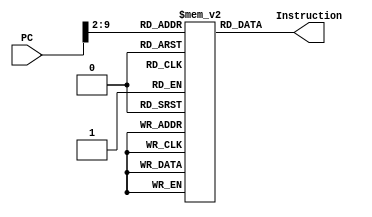
`timescale 1ns/1ns
module INSTRUCTION_MEMORY(
  input[31:0] PC, output reg [31:0] Instruction
);
	wire [9:0] address;
  reg [31:0] memoryData[0:255];
	
	initial begin
		memoryData[0] = 32'b11100011101000000000000000010100;
    memoryData[1] = 32'b11100011101000000001101000000001;
    memoryData[2] = 32'b11100011101000000010000100000011;
    memoryData[3] = 32'b11100000100100100011000000000010;
    memoryData[4] = 32'b11100000101000000100000000000000;
    memoryData[5] = 32'b11100000010001000101000100000100;
    memoryData[6] = 32'b11100000110000000110000010100000;
    memoryData[7] = 32'b11100001100001010111000101000010;
    memoryData[8] = 32'b11100000000001111000000000000011;
    memoryData[9] = 32'b11100001111000001001000000000110;
    memoryData[10] = 32'b11100000001001001010000000000101;
    memoryData[11] = 32'b11100001010110000000000000000110;
    memoryData[12] = 32'b00010000100000010001000000000001;
    memoryData[13] = 32'b11100001000110010000000000001000;
    memoryData[14] = 32'b00000000100000100010000000000010;
    memoryData[15] = 32'b11100011101000000000101100000001;
    memoryData[16] = 32'b11100100100000000001000000000000;
    memoryData[17] = 32'b11100100100100001011000000000000;
    memoryData[18] = 32'b11100100100000000010000000000100;
    memoryData[19] = 32'b11100100100000000011000000001000;
    memoryData[20] = 32'b11100100100000000100000000001101;
    memoryData[21] = 32'b11100100100000000101000000010000;
    memoryData[22] = 32'b11100100100000000110000000010100;
    memoryData[23] = 32'b11100100100100001010000000000100;
    memoryData[24] = 32'b11100100100000000111000000011000;
    memoryData[25] = 32'b11100011101000000001000000000100;
    memoryData[26] = 32'b11100011101000000010000000000000;
    memoryData[27] = 32'b11100011101000000011000000000000;
    memoryData[28] = 32'b11100000100000000100000100000011;
    memoryData[29] = 32'b11100100100101000101000000000000;
    memoryData[30] = 32'b11100100100101000110000000000100;
    memoryData[31] = 32'b11100001010101010000000000000110;
    memoryData[32] = 32'b11000100100001000110000000000000;
    memoryData[33] = 32'b11000100100001000101000000000100;
    memoryData[34] = 32'b11100010100000110011000000000001;
    memoryData[35] = 32'b11100011010100110000000000000011;
    memoryData[36] = 32'b10111010111111111111111111110111;
    memoryData[37] = 32'b11100010100000100010000000000001;
    memoryData[38] = 32'b11100001010100100000000000000001;
    memoryData[39] = 32'b10111010111111111111111111110011;
    memoryData[40] = 32'b11100100100100000001000000000000;
    memoryData[41] = 32'b11100100100100000010000000000100;
    memoryData[42] = 32'b11100100100100000011000000001000;
    memoryData[43] = 32'b11100100100100000100000000001100;
    memoryData[44] = 32'b11100100100100000101000000010000;
    memoryData[45] = 32'b11100100100100000110000000010100;
    memoryData[46] = 32'b11101010111111111111111111111111;
  end

	assign address = (PC[9:0] >> 2);

  always@(PC)begin
		Instruction <= memoryData[address];
  end
endmodule